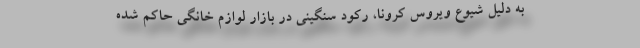
به دلیل شیوع ویروس کرونا، رکود سنگینی در بازار لوازم خانگی حاکم شده